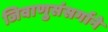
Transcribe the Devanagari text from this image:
जिवाणुसंसर्गाने